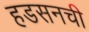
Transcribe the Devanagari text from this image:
हडसनची